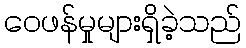
ဝေဖန်မှုများရှိခဲ့သည်